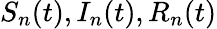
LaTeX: S_{n}(t),I_{n}(t),R_{n}(t)